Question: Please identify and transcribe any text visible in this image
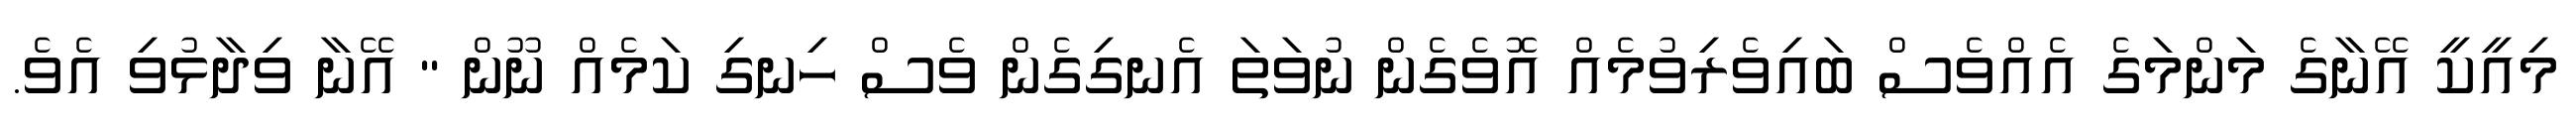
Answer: މިއީކީ އޭނާގެ މަންމަގެ އެއްވެސް ބައިވެރިވުމެއް އޮވެގެން ނުވަތަ އެނގިގެން ވެސް ހިނގި ކަމެއް ނޫން " އޭނާ ވިދާޅުވި އެވެ.